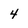
Character: 4